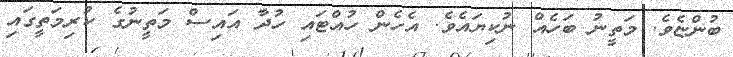
ބުންޏެވެ. މަތީނު ބަހެއް ނުކިޔައެވެ. އެހެން ހުއްޓައި ހުދާ އައިސް މަތީނުގެ ކުރިމަތީގައި